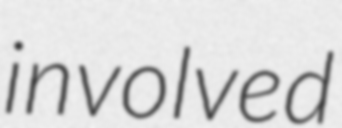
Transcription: involved